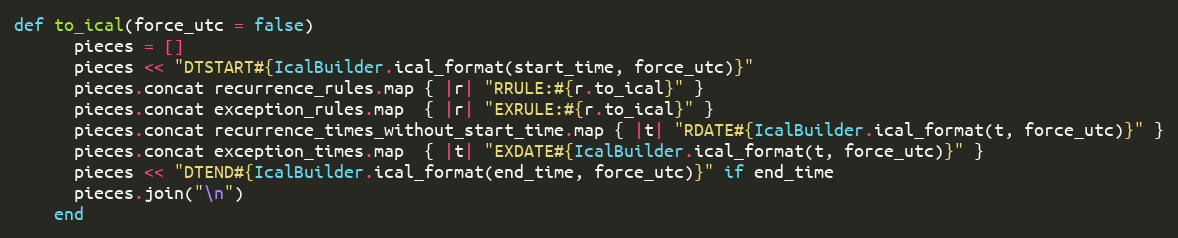
Language: Ruby
def to_ical(force_utc = false)
      pieces = []
      pieces << "DTSTART#{IcalBuilder.ical_format(start_time, force_utc)}"
      pieces.concat recurrence_rules.map { |r| "RRULE:#{r.to_ical}" }
      pieces.concat exception_rules.map  { |r| "EXRULE:#{r.to_ical}" }
      pieces.concat recurrence_times_without_start_time.map { |t| "RDATE#{IcalBuilder.ical_format(t, force_utc)}" }
      pieces.concat exception_times.map  { |t| "EXDATE#{IcalBuilder.ical_format(t, force_utc)}" }
      pieces << "DTEND#{IcalBuilder.ical_format(end_time, force_utc)}" if end_time
      pieces.join("\n")
    end